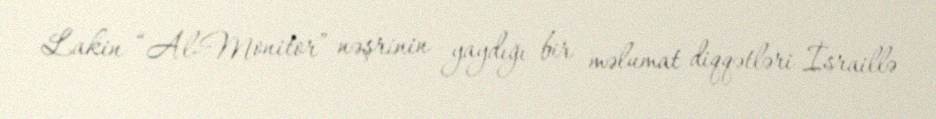
Lakin “Al-Monitor” nəşrinin yaydığı bir məlumat diqqətləri İsraillə